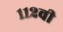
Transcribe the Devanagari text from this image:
११२वी